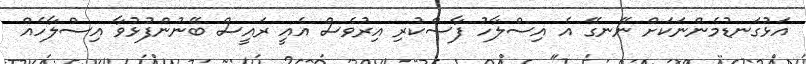
އަޅުގަނޑުމެންނަކަށް ނޭނގޭ އެ އިސްލާހު ފާސްކުރި އިރުވެސް އެއީ ރައީސް ބޭނުންފުޅުވާ އިސްލާހެއް